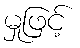
မှုဖြင့်